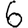
Digit: 6